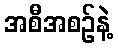
အစီအစဉ်နဲ့